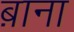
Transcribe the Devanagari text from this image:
ब़ाना